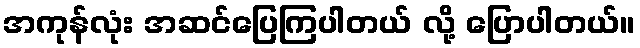
အကုန်လုံး အဆင်ပြေကြပါတယ် လို့ ပြောပါတယ်။